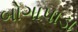
બોગાપાડા